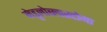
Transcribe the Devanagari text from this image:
मेडुलोब्लास्टोमा